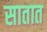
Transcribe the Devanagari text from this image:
सातात